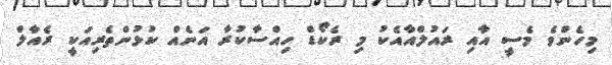
މިހެންވެ މެސީ އާއި ރައުލްއާއެކު މި ރެކޯޑް ހިއްސާކުރާ އަނެއް ކުޅުންތެރިއަކީ ރެއާލް